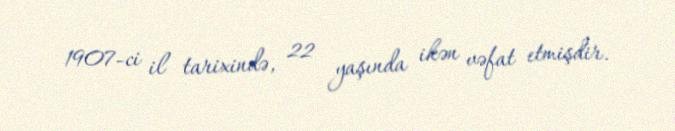
1907-ci il tarixində, 22 yaşında ikən vəfat etmişdir.